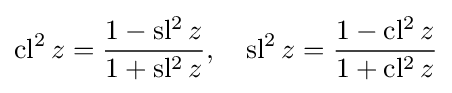
\operatorname {cl^{2}} z={\frac {1-\operatorname {sl^{2}} z}{1+\operatorname {sl^{2}} z}},\quad \operatorname {sl^{2}} z={\frac {1-\operatorname {cl^{2}} z}{1+\operatorname {cl^{2}} z}}